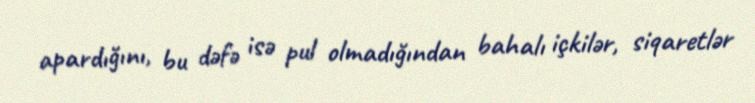
apardığını, bu dəfə isə pul olmadığından bahalı içkilər, siqaretlər